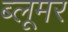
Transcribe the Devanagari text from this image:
ब्लूमर